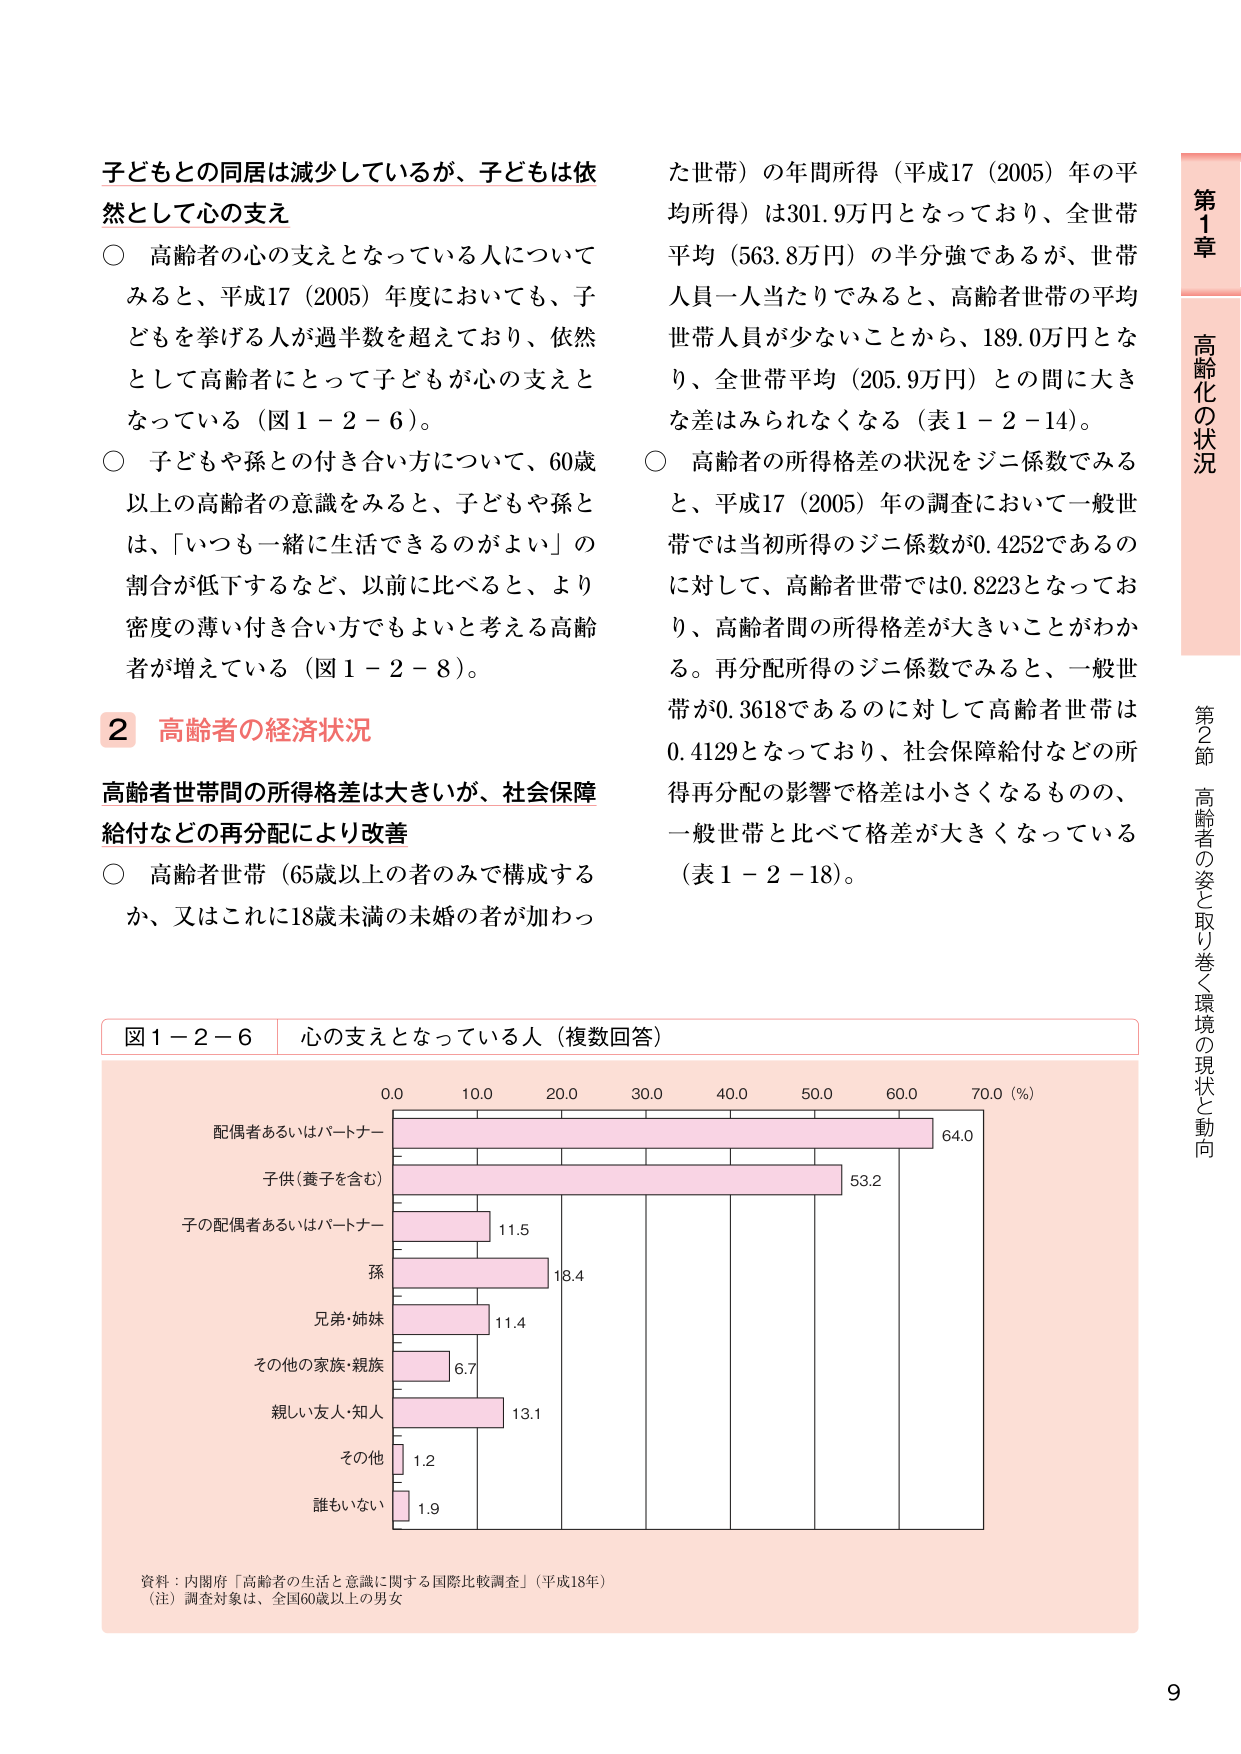
子どもとの同居は減少しているが、子どもは依然として心の支え
○ 高齢者の心の支えとなっている人についてみると、平成17（2005）年度においても、子どもを挙げる人が過半数を超えており、依然として高齢者にとって子どもが心の支えとなっている（図1－2－6）。
○ 子どもや孫との付き合い方について、60歳以上の高齢者の意識をみると、子どもや孫とは、「いつも一緒に生活できるのがよい」の割合が低下するなど、以前に比べると、より密度の薄い付き合い方でもよいと考える高齢者が増えている（図1－2－8）。

2 高齢者の経済状況
高齢者世帯間の所得格差は大きいが、社会保障給付などの再分配により改善
○ 高齢者世帯（65歳以上の者のみで構成するか、又はこれに18歳未満の未婚の者が加わった世帯）の年間所得（平成17（2005）年の平均所得）は301.9万円となっており、全世帯平均（563.8万円）の半分強であるが、世帯人員一人当たりでみると、高齢者世帯の平均世帯人員が少ないことから、189.0万円となり、全世帯平均（205.9万円）との間に大きな差はみられなくなる（表1－2－14）。
○ 高齢者の所得格差の状況をジニ係数でみると、平成17（2005）年の調査において一般世帯では当初所得のジニ係数が0.4252であるのに対して、高齢者世帯では0.8223となっており、高齢者間の所得格差が大きいことがわかる。再分配所得のジニ係数でみると、一般世帯が0.3618であるのに対して高齢者世帯は0.4129となっており、社会保障給付などの所得再分配の影響で格差は小さくなるものの、一般世帯と比べて格差が大きくなっている（表1－2－18）。

図1－2－6 心の支えとなっている人（複数回答）
配偶者あるいはパートナー 64.0
子供（養子を含む） 53.2
子の配偶者あるいはパートナー 11.5
孫 18.4
兄弟・姉妹 11.4
その他の家族・親族 6.7
親しい友人・知人 13.1
その他 1.2
誰もいない 1.9
資料：内閣府「高齢者の生活と意識に関する国際比較調査」（平成18年）
（注）調査対象は、全国60歳以上の男女

第1章 高齢化の状況
第2節 高齢者の姿と取り巻く環境の現状と動向
9